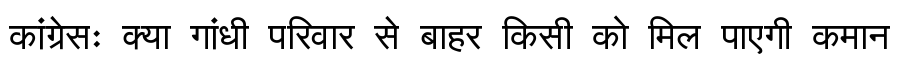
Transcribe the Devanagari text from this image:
कांग्रेसः क्या गांधी परिवार से बाहर किसी को मिल पाएगी कमान